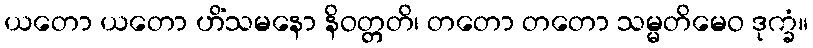
ယတော ယတော ဟိံသမနော နိဝတ္တတိ၊ တတော တတော သမ္မတိမေဝ ဒုက္ခံ။